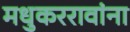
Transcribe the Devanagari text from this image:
मधुकररावांना